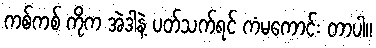
ကစ်ကစ် ကိုက အဲဒါနဲ့ ပတ်သက်ရင် ကံမကောင်း တာပါ။